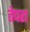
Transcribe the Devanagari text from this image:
तेपरा